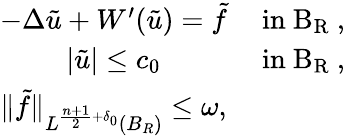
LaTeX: \begin{array}{r}{\begin{array}{cc}{-\Delta\tilde{u}+W^{\prime}(\tilde{u})=\tilde{f}}&{\mathrm{~in~B_R~},}\\ {|\tilde{u}|\leq c_{0}}&{\mathrm{~in~B_R~},}\\ {\| \tilde{f}\| _{L^{\frac{n+1}{2}+\delta_{0}}(B_{R})}\leq\omega,}\end{array}}\end{array}